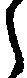
う